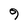
Character: 9